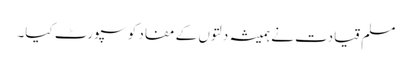
مسلم قیادت نے ہمیشہ دلتوں کے مفاد کو سپورٹ کیا۔